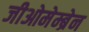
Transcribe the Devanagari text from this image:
जीओमेम्ब्रेन